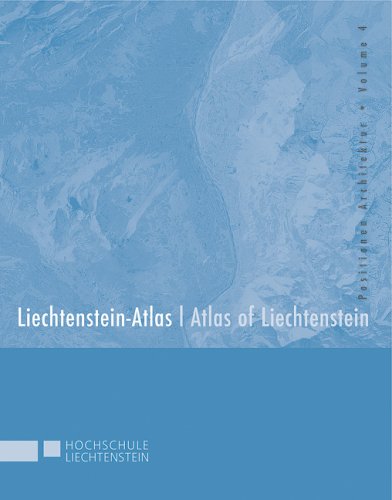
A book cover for Liechtenstein-Atlas; Atlas of Liechtenstein; Unknown.; Travel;